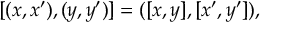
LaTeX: [ ( x , x ^ { \prime } ) , ( y , y ^ { \prime } ) ] = ( [ x , y ] , [ x ^ { \prime } , y ^ { \prime } ] ) ,